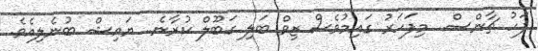
ފަހު ޗާންސް.. މިފަހަރު ގައިމުވެސް ޒިވް ބަލި ގަބޫލް ކުރާނެ.. ޔައިޝް ބުނެލިއެވެ.